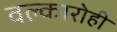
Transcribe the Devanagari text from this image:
वल्कारोही